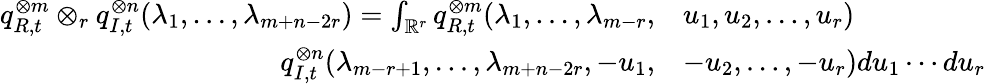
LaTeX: \begin{array}{rl}{q_{R,t}^{\otimes m}\otimes_{r}q_{I,t}^{\otimes n}(\lambda_{1},\ldots,\lambda_{m+n-2r})=\int_{\mathbb{R}^{r}}q_{R,t}^{\otimes m}(\lambda_{1},\ldots,\lambda_{m-r},}&{u_{1},u_{2},\ldots,u_{r})}\\ {q_{I,t}^{\otimes n}(\lambda_{m-r+1},\ldots,\lambda_{m+n-2r},-u_{1},}&{-u_{2},\ldots,-u_{r})du_{1}\cdots du_{r}}\end{array}